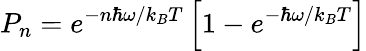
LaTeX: P_{n}=e^{-n\hbar\omega/k_{B}T}\left[1-e^{-\hbar\omega/k_{B}T}\right]